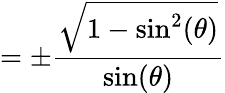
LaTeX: =\pm{\frac{\sqrt{1-\sin^{2}(\theta)}}{\sin(\theta)}}